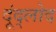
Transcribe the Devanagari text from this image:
दूंद्लोद